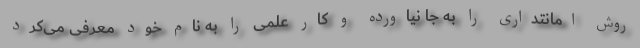
روش امانتداری را به جا نیاورده و کار علمی را به نام خود معرفی می‌کرد